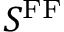
S ^ { \mathrm { F F } }